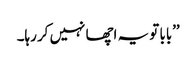
’’بابا تو یہ اچھا نہیں کر رہا۔